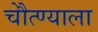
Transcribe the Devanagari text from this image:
चेौत्ण्याला